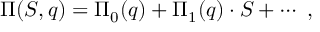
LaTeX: \Pi ( S , q ) = \Pi _ { 0 } ( q ) + \Pi _ { 1 } ( q ) \cdot S + \cdots \ ,